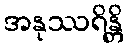
အနုဿရိန္တိ